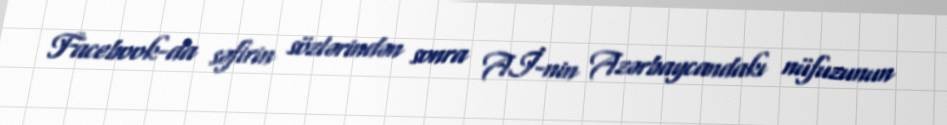
Facebook-da səfirin sözlərindən sonra Aİ-nin Azərbaycandakı nüfuzunun